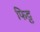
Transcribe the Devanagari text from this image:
फिट्ट